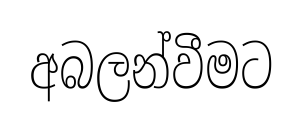
අබලන්වීමට